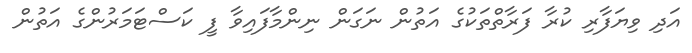
އަދި ވިޔަފާރި ކުރާ ފަރާތްތަކުގެ އަތުން ނަގަން ނިންމާފައިވާ ފީ ކަސްޓަމަރުންގެ އަތުން